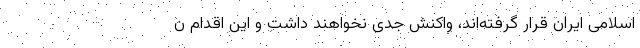
اسلامی ایران قرار گرفته‌اند، واکنش جدی نخواهند داشت و این اقدام ن